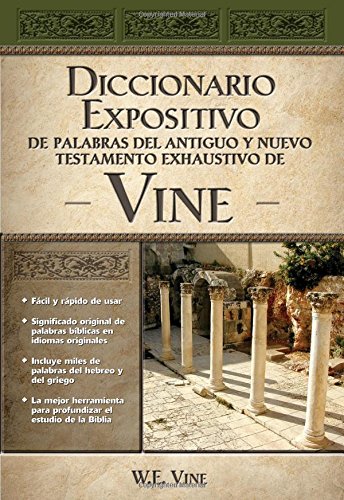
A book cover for Diccionario Expositivo De Palabras Del Nuevo Y Antiguo Testamento De Vines; W. E. Vine; Reference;